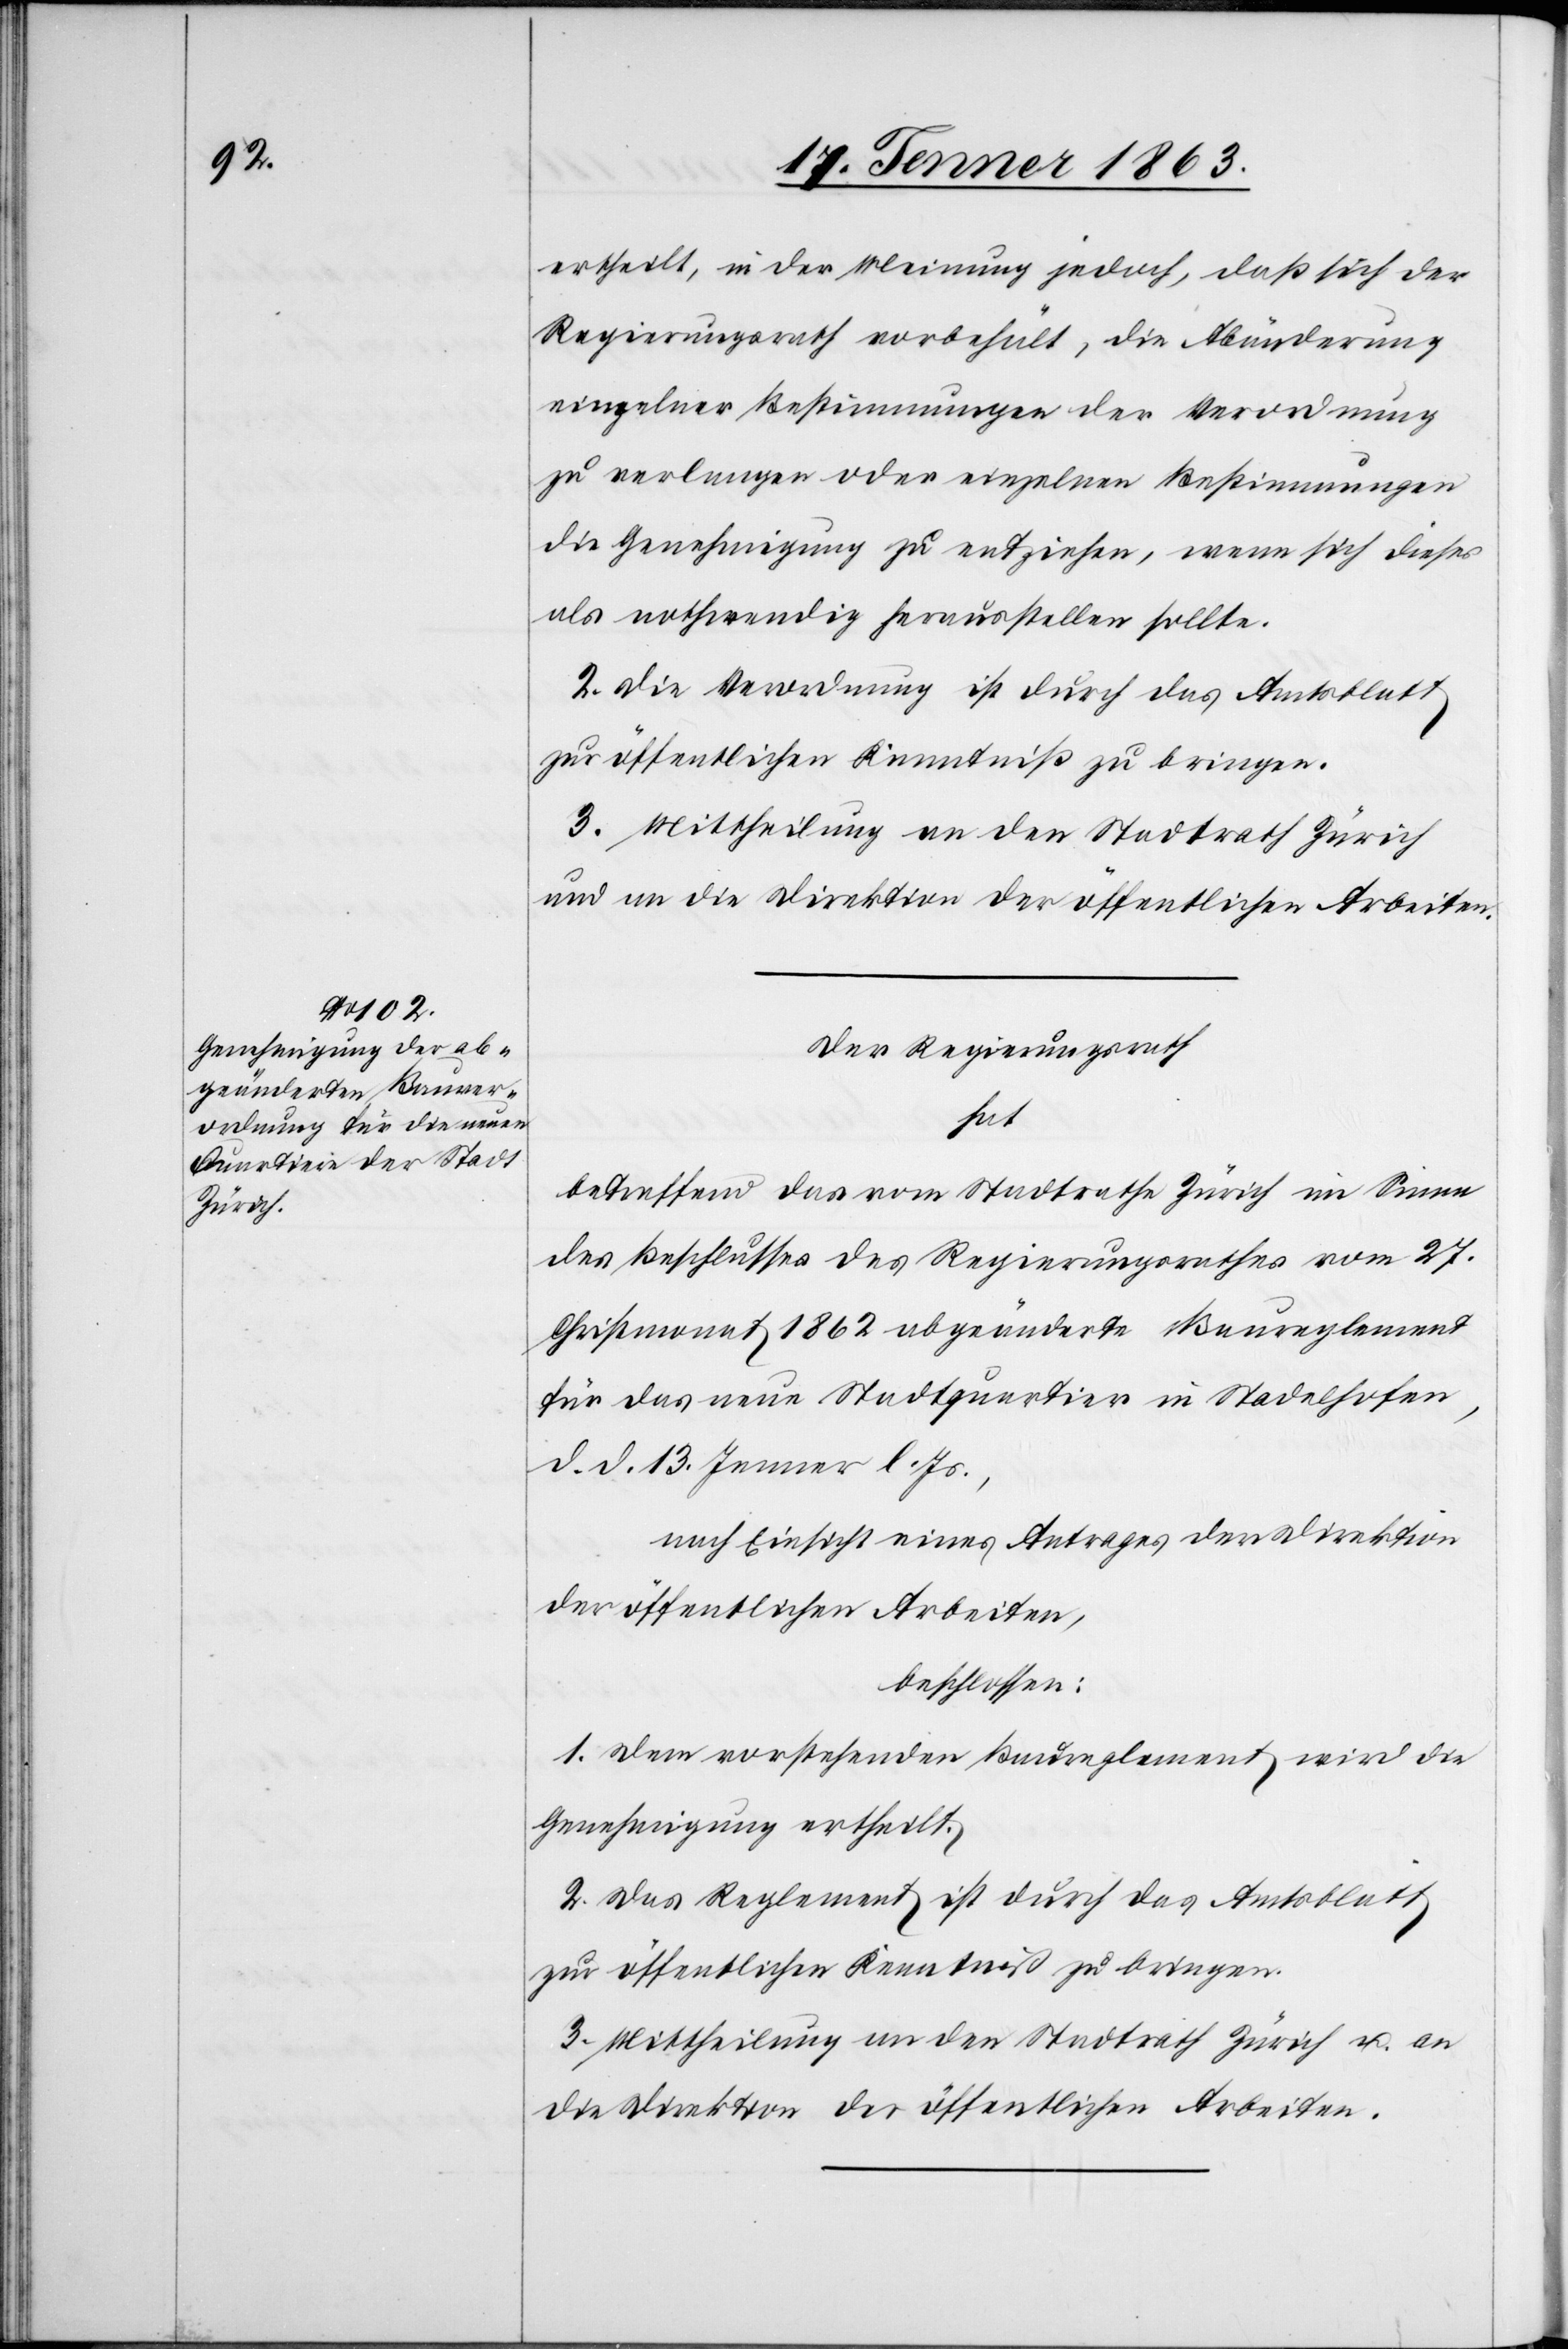
ertheilt, in der Meinung jedoch, daß sich der
Regierungsrath vorbehält, die Abänderung
einzelner Bestimmungen der Verordnung
zu verlangen oder einzelnen Bestimmungen
die Genehmigung zu entziehen, wenn sich dieses
als nothwendig herausstellen sollte.
2. Die Verordnung ist durch das Amtsblatt
zur öffentlichen Kenntniß zu bringen.
3. Mittheilung an den Stadtrath Zürich
und an die Direktion der öffentlichen Arbeiten.
Der Regierungsrath
hat
betreffend das vom Stadtrathe Zürich im Sinne
des Beschlusses des Regierungsrathes vom 27.
Christmonat 1862 abgeänderte Baureglement
für das neue Stadtquartier in Stadelhofen,
d. d. 13. Jenner l. Js.,
nach Einsicht eines Antrages der Direktion
der öffentlichen Arbeiten,
beschlossen:
1. Dem vorstehenden Baureglement wird die
Genehmigung ertheilt.
2. Das Reglement ist durch das Amtsblatt
zur öffentlichen Kenntniß zu bringen.
3. Mittheilung an den Stadtrath Zürich u. an
die Direktion der öffentlichen Arbeiten.